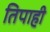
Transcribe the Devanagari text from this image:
तिपाही